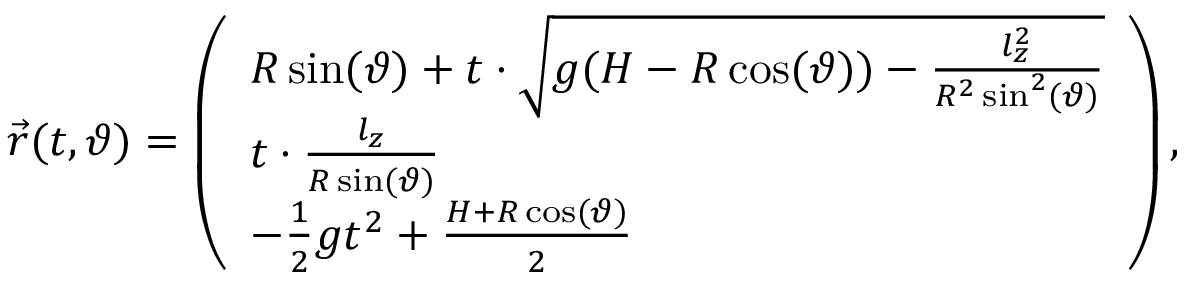
\vec { r } ( t , \vartheta ) = \left( \begin{array} { l } { R \sin ( \vartheta ) + t \cdot \sqrt { g ( H - R \cos ( \vartheta ) ) - \frac { l _ { z } ^ { 2 } } { R ^ { 2 } \sin ^ { 2 } ( \vartheta ) } } } \\ { t \cdot \frac { l _ { z } } { R \sin ( \vartheta ) } } \\ { - \frac { 1 } { 2 } g t ^ { 2 } + \frac { H + R \cos ( \vartheta ) } { 2 } } \end{array} \right) ,